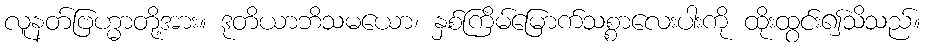
လူနတ်ဗြဟ္မာတို့အား။ ဒုတိယာဘိသမယော၊ နှစ်ကြိမ်မြောက်သစ္စာလေးပါးကို ထိုးထွင်း၍သိသည်။